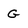
Character: G